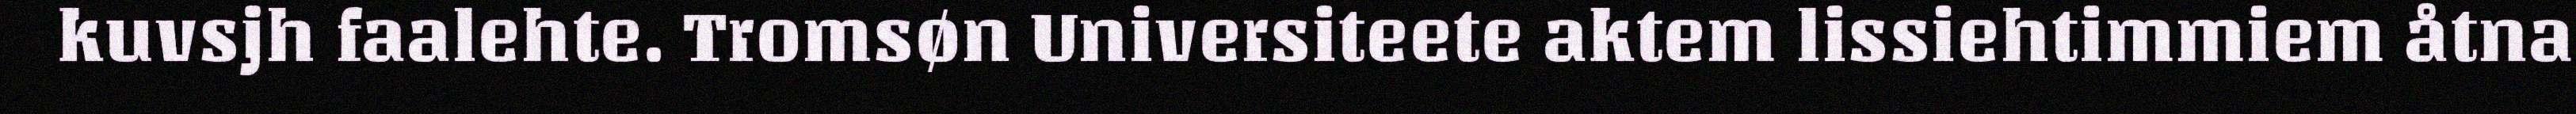
kuvsjh faalehte. Tromsøn Universiteete aktem lissiehtimmiem åtna